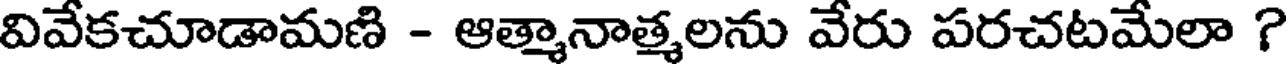
వివేకచూడామణి - ఆత్మానాత్మలను వేరు పరచటమేలా ?